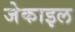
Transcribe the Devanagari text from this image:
जेकाइल